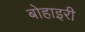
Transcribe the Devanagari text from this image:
बोहाइरी